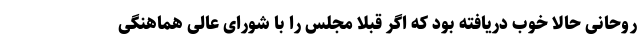
روحانی حالا خوب دریافته بود که اگر قبلا مجلس را با شورای عالی هماهنگی